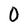
Character: 0